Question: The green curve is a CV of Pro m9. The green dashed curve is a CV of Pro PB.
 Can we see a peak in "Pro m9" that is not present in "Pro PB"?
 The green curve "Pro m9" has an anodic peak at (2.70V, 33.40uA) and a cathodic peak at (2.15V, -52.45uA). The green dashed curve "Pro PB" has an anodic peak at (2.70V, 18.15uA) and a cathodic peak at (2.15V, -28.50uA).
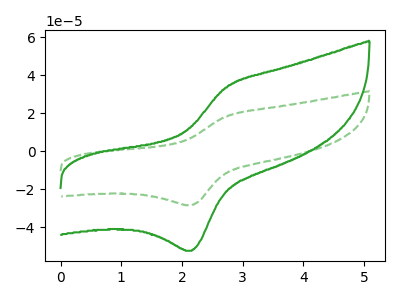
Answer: <think>All the peaks in "Pro m9" have a peak in "Pro PB" at the same potential. Every peak in "Pro m9" is higher than every peak in "Pro PB".
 </think>
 <answer>No, "Pro m9" and "Pro PB" don't appear to be significantly different in shape</answer>
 <eval>no_change</eval>